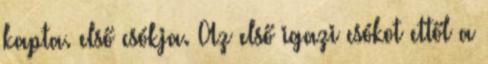
kapta. első csókja. Az első igazi csókot ettől a